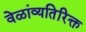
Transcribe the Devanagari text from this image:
वेळांव्यतिरिक्त